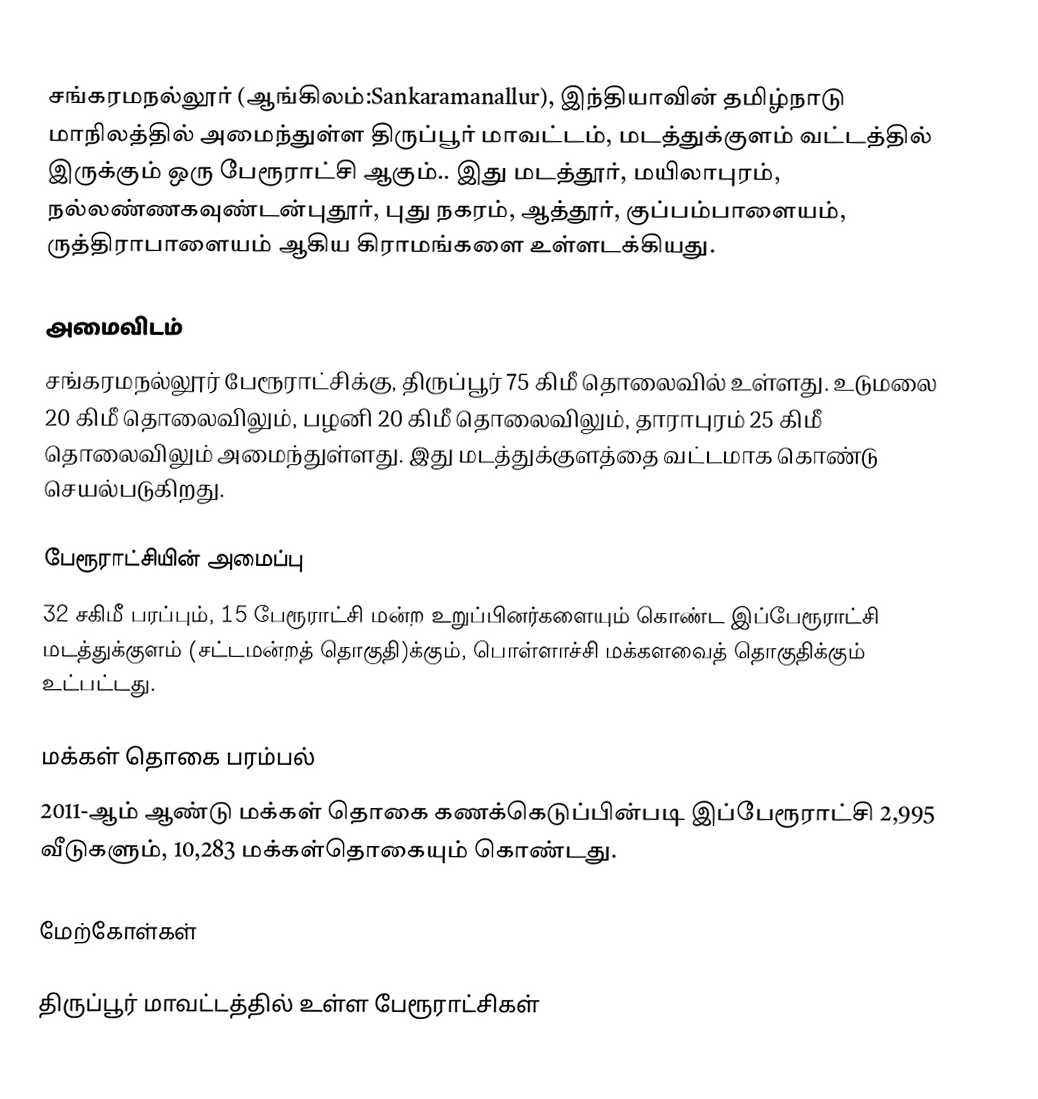
சங்கரமநல்லூர் (ஆங்கிலம்:Sankaramanallur), இந்தியாவின் தமிழ்நாடு மாநிலத்தில் அமைந்துள்ள திருப்பூர் மாவட்டம், மடத்துக்குளம் வட்டத்தில் இருக்கும் ஒரு பேரூராட்சி ஆகும்.. இது மடத்தூர், மயிலாபுரம், நல்லண்ணகவுண்டன்புதூர், புது நகரம், ஆத்தூர், குப்பம்பாளையம், ருத்திராபாளையம் ஆகிய கிராமங்களை உள்ளடக்கியது.

அமைவிடம்
சங்கரமநல்லூர் பேரூராட்சிக்கு,  திருப்பூர் 75    கிமீ தொலைவில் உள்ளது. உடுமலை 20 கிமீ தொலைவிலும், பழனி 20 கிமீ  தொலைவிலும், தாராபுரம் 25 கிமீ தொலைவிலும் அமைந்துள்ளது. இது மடத்துக்குளத்தை வட்டமாக கொண்டு செயல்படுகிறது.

பேரூராட்சியின் அமைப்பு
32 சகிமீ பரப்பும்,  15 பேரூராட்சி மன்ற உறுப்பினர்களையும்  கொண்ட இப்பேரூராட்சி  மடத்துக்குளம் (சட்டமன்றத் தொகுதி)க்கும், பொள்ளாச்சி மக்களவைத் தொகுதிக்கும் உட்பட்டது.

மக்கள் தொகை பரம்பல்
2011-ஆம் ஆண்டு மக்கள் தொகை கணக்கெடுப்பின்படி  இப்பேரூராட்சி  2,995   வீடுகளும், 10,283 மக்கள்தொகையும் கொண்டது.

மேற்கோள்கள்

திருப்பூர் மாவட்டத்தில் உள்ள பேரூராட்சிகள்